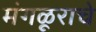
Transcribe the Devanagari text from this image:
मंगळूराचे